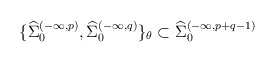
\begin{align*}\{{\widehat \Sigma}_{0}^{(-\infty, p)}, {\widehat \Sigma}_{0}^{(-\infty, q)}\}_{\theta}\subset {\widehat \Sigma}_{0}^{(-\infty, p+q-1)}\end{align*}